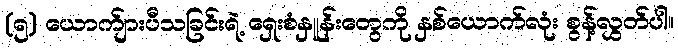
(၅) ယောက်ျားပီသခြင်းရဲ့ ရှေးစံနှူန်းတွေကို နှစ်ယောက်လုံး စွန့်လွှတ်ပါ။